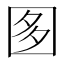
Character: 𡇘